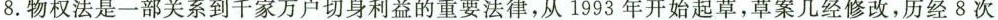
8.物权法是一部关系到千家万户切身利益的重要法律，从1993年开始起草，草案几经修改，历经8次